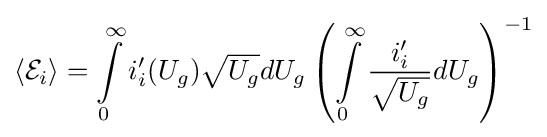
\langle {\mathcal {E}}_{i}\rangle =\int \limits _{0}^{\infty }i_{i}^{\prime }(U_{g}){\sqrt {U_{g}}}dU_{g}\left(\int \limits _{0}^{\infty }{\frac {i_{i}^{\prime }}{\sqrt {U_{g}}}}dU_{g}\right)^{-1}